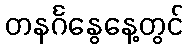
တနင်္ဂနွေနေ့တွင်